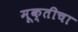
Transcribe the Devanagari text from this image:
मूक्तीचा